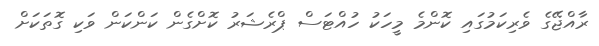
ރާއްޖޭގެ ވެރިކަމުގައި ކޮންމެ މީހަކު ހުއްޓަސް ޕްރެޝަރު ކޮށްގެން ކަންކަން ވަކި ގޮތަކަށް